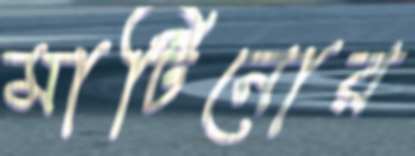
মার্টিনোর